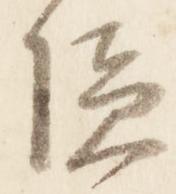
隠